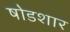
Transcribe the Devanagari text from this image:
षोडशार